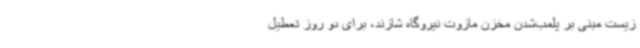
زیست مبنی بر پلمب‌شدن مخزن مازوت نیروگاه شازند، برای دو روز تعطیل